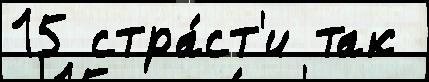
15 стра́ст'и так